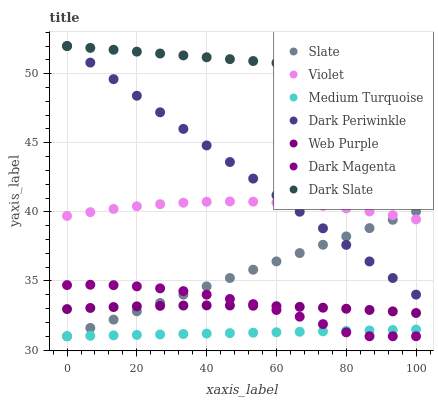
| xaxis_label | Slate | Violet | Medium Turquoise | Dark Periwinkle | Web Purple | Dark Magenta | Dark Slate |
 | --- | --- | --- | --- | --- | --- | --- | --- |
 | 0 | 31 | 39.7 | 31 | 52 | 33 | 34.7 | 52 |
 | 6.67 | 31.6 | 40 | 31 | 50.8 | 33 | 34.7 | 51.9 |
 | 13.3 | 32.2 | 40.2 | 31.1 | 49.6 | 33.1 | 34.7 | 51.7 |
 | 20 | 32.8 | 40.4 | 31.1 | 48.4 | 33.2 | 34.6 | 51.6 |
 | 26.7 | 33.4 | 40.6 | 31.1 | 47.2 | 33.2 | 34.5 | 51.5 |
 | 33.3 | 34 | 40.7 | 31.2 | 46 | 33.2 | 34.3 | 51.3 |
 | 40 | 34.6 | 40.7 | 31.2 | 44.8 | 33.2 | 34 | 51.2 |
 | 46.7 | 35.2 | 40.8 | 31.2 | 43.6 | 33.2 | 33.7 | 51 |
 | 53.3 | 35.8 | 40.7 | 31.3 | 42.4 | 33.2 | 33.3 | 50.9 |
 | 60 | 36.4 | 40.7 | 31.3 | 41.2 | 33.2 | 32.9 | 50.8 |
 | 66.7 | 37 | 40.6 | 31.3 | 40 | 33.1 | 32.4 | 50.6 |
 | 73.3 | 37.6 | 40.4 | 31.4 | 38.8 | 33.1 | 31.9 | 50.5 |
 | 80 | 38.2 | 40.3 | 31.4 | 37.6 | 33 | 31.3 | 50.4 |
 | 86.7 | 38.8 | 40 | 31.4 | 36.4 | 32.9 | 31 | 50.2 |
 | 93.3 | 39.4 | 39.8 | 31.5 | 35.2 | 32.8 | 31 | 50.1 |
 | 100 | 40 | 39.5 | 31.5 | 34 | 32.7 | 31 | 50 |